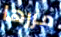
مررها